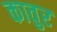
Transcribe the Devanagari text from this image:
कावुर